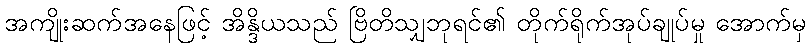
အကျိုးဆက်အနေဖြင့် အိန္ဒိယသည် ဗြိတိသျှဘုရင်၏ တိုက်ရိုက်အုပ်ချုပ်မှု အောက်မှ